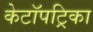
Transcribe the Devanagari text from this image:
केटॉपट्रिका